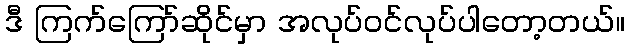
ဒီ ကြက်ကြော်ဆိုင်မှာ အလုပ်ဝင်လုပ်ပါတော့တယ်။